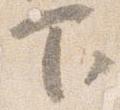
下